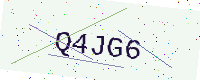
Text: Q4JG6